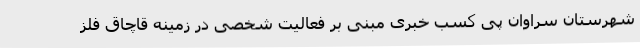
شهرستان سراوان پی کسب خبری مبنی بر فعالیت شخصی در زمینه قاچاق فلز